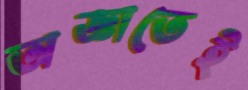
অজ্ঞাতেই